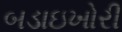
બડાઇખોરી